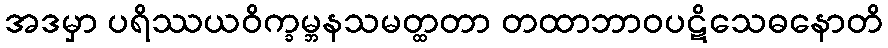
အဒမှာ ပရိဿယဝိက္ခမ္ဘနသမတ္ထတာ တထာဘာဝပဋိသေဓနောတိ